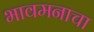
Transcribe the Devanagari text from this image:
भावमनाचा